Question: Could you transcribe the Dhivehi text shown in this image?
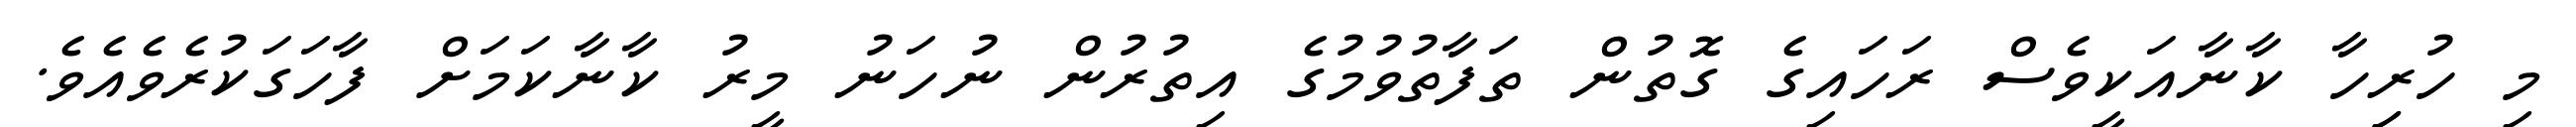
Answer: މި ހުރިިހާ ކާނާއަކީވެސް ރަހައިގެ ގޮތުން ތަފާތުވުމުގެ އިތުރުން ނުހަނު މީރު ކާނާކަމަށް ފާހަގަކުރެވެއެވެ.